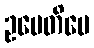
ဥပေတိပေ